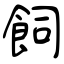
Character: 飼